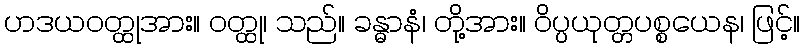
ဟဒယဝတ္ထုအား။ ဝတ္ထု၊ သည်။ ခန္ဓာနံ၊ တို့အား။ ဝိပ္ပယုတ္တပစ္စယေန၊ ဖြင့်။